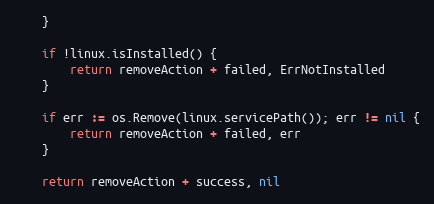
Language: Go
	}

	if !linux.isInstalled() {
		return removeAction + failed, ErrNotInstalled
	}

	if err := os.Remove(linux.servicePath()); err != nil {
		return removeAction + failed, err
	}

	return removeAction + success, nil